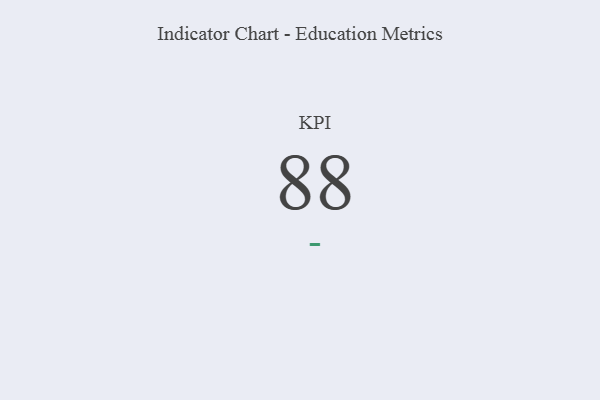
{"axis": {"x": "KPI", "y": "Value"}, "legend": [""], "data": [{"x": "KPI", "y": 88, "type": ""}]}